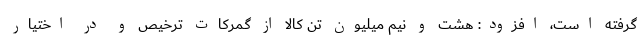
گرفته است، افزود: هشت و نیم میلیون تن کالا از گمرکات ترخیص و در اختیار